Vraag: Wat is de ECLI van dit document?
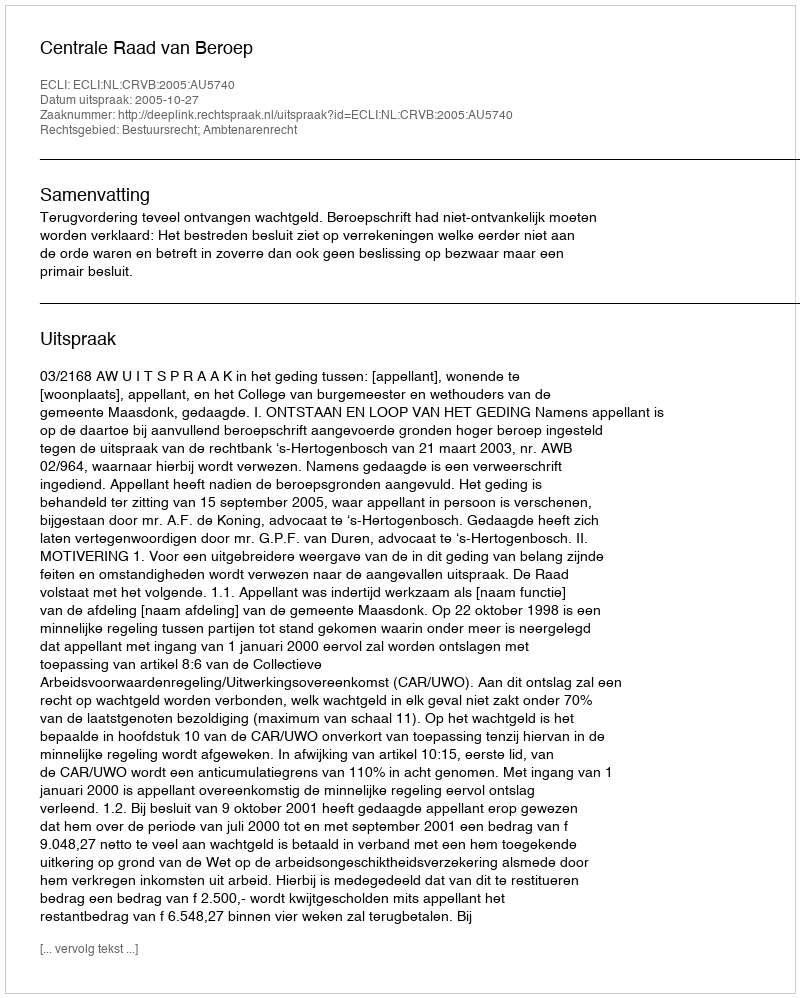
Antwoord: ECLI:NL:CRVB:2005:AU5740